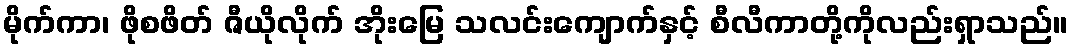
မိုက်ကာ၊ ဖိုစဖိတ် ဇီယိုလိုက် အိုးမြေ သလင်းကျောက်နှင့် စီလီကာတို့ကိုလည်းရှာသည်။